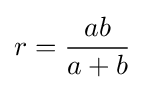
r={\frac {ab}{a+b}}